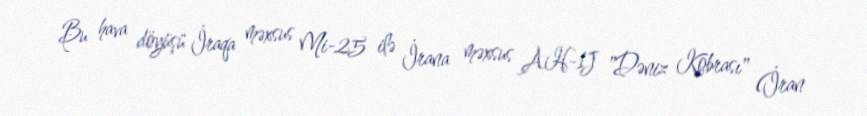
Bu hava döyüşü İraqa məxsus Mi-25 ilə İrana məxsus AH-1J "Dəniz Kobrası" (İran